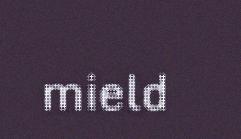
mield